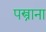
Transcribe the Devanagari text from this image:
पस्त्राना